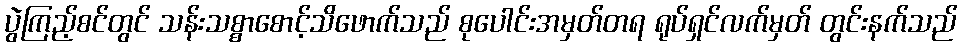
ပွဲကြည့်စင်တွင် သန်းသစ္စာစောင့်သိဖောက်သည် စုပေါင်းအမှတ်တရ ရုပ်ရှင်လက်မှတ် တွင်းနက်သည်